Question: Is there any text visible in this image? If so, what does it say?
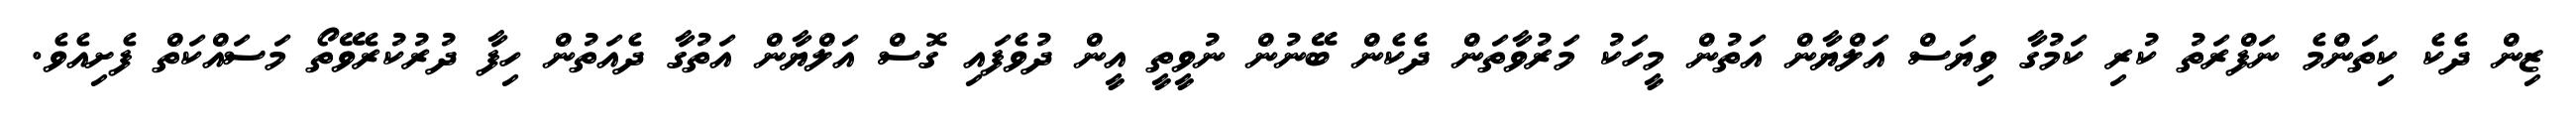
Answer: ޒިން ދެކެ ކިތަންމެ ނަފްރަތު ކުރި ކަމުގާ ވިޔަސް އަލްޔާން އަތުން މީހަކު މަރުވާތަން ދެކެން ބޭނުން ނުވީތީ އީން ދުވެފައި ގޮސް އަލްޔާން އަތުގާ ދެއަތުން ހިފާ ދުރުކުރެވޭތޯ މަސައްކަތް ފެށިއެވެ.